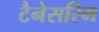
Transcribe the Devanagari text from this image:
टैनेसरिम